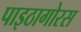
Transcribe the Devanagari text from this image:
पाइठागोरस